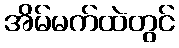
အိမ်မက်ထဲတွင်